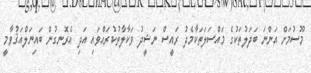
މޫސުމަށް އަންނަ ބަދަލުތަކުގެ މައްސަލަތަކާމެދު ރައީސް ނަޝީދު ވަކާލާތުކުރައްވައި އަދި އެރޮނގުން ބައިނަލްއަޤުވާމީ